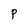
Character: p